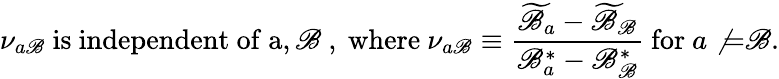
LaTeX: \nu_{a\mathscr{B}}~{\mathrm{{is~independent~of~a,\mathscr{B}~,~where}}}~\nu_{a\mathscr{B}}\equiv{\frac{{{\widetilde{\mathscr{B}}}_{a}-{\widetilde{\mathscr{B}}}_{\mathscr{B}}}}{{\mathscr{B}_{a}^{*}-\mathscr{B}_{\mathscr{B}}^{*}}}}~{\mathrm{{for}}}~a\not{=}\mathscr{B}.